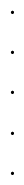
\begin{array}{c}. \\. \\. \\. \\{}.\end{array}